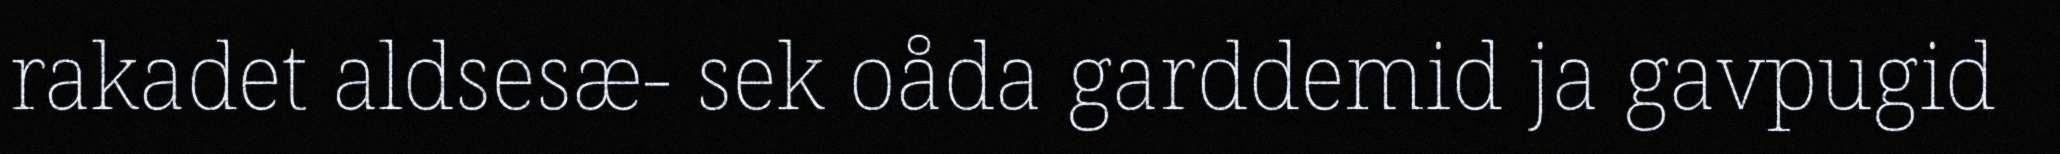
rakadet aldsesæ- sek oåda garddemid ja gavpugid